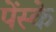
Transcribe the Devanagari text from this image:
पेंस्के